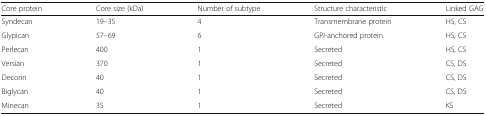
<table><thead><tr><td><b>Core protein</b></td><td><b>Core size (kDa)</b></td><td><b>Number of subtype</b></td><td><b>Structure characteristic</b></td><td><b>Linked GAG</b></td></tr></thead><tbody><tr><td>Syndecan</td><td>19–35</td><td>4</td><td>Transmembrane protein</td><td>HS, CS</td></tr><tr><td>Glypican</td><td>57–69</td><td>6</td><td>GPI-anchored protein</td><td>HS, CS</td></tr><tr><td>Perlecan</td><td>400</td><td>1</td><td>Secreted</td><td>HS, CS</td></tr><tr><td>Versian</td><td>370</td><td>1</td><td>Secreted</td><td>CS, DS</td></tr><tr><td>Decorin</td><td>40</td><td>1</td><td>Secreted</td><td>CS, DS</td></tr><tr><td>Biglycan</td><td>40</td><td>1</td><td>Secreted</td><td>CS, DS</td></tr><tr><td>Minecan</td><td>35</td><td>1</td><td>Secreted</td><td>KS</td></tr></tbody></table>